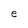
Character: e